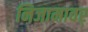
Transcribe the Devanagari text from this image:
निजामावर्